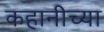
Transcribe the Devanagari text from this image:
कहानीच्या